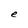
Character: e